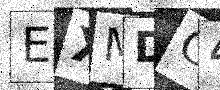
Text: EXMDG4